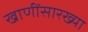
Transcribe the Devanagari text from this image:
खाणींसारख्या